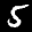
Label: 5